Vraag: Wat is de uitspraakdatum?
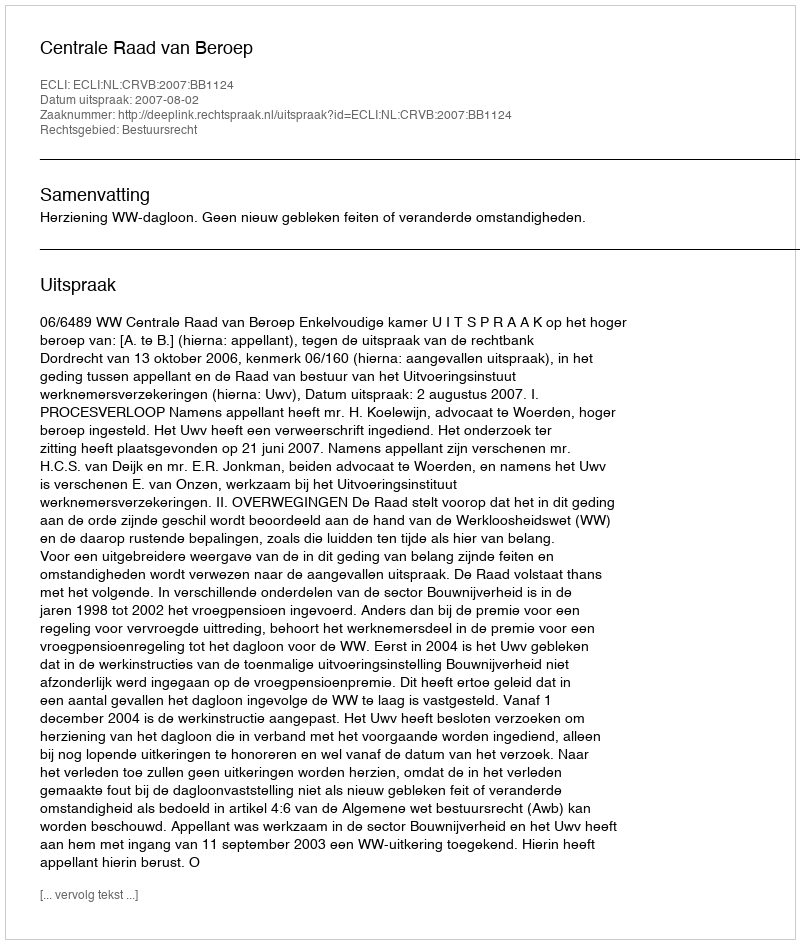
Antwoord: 2007-08-02